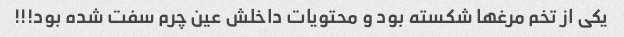
یکی از تخم مرغها شکسته بود و محتویات داخلش عین چرم سفت شده بود!!!